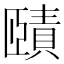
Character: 賾